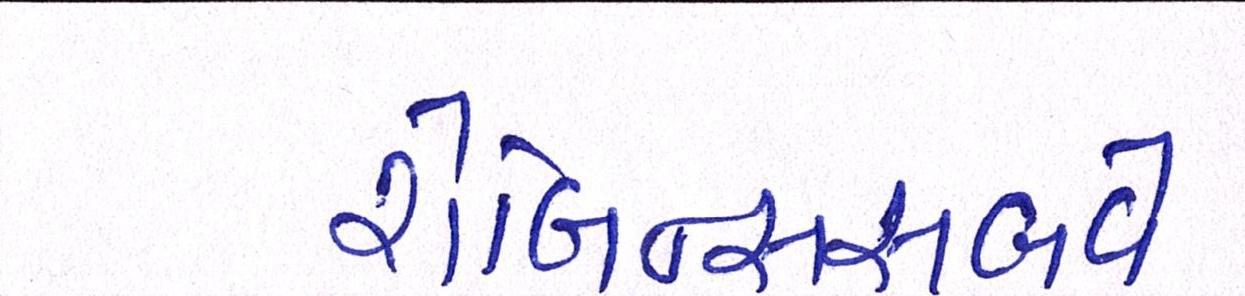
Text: રોબિન્સસબવે